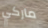
ماركي